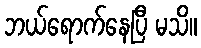
ဘယ်ရောက်နေပြီ မသိ။